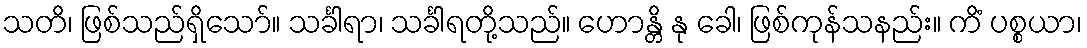
သတိ၊ ဖြစ်သည်ရှိသော်။ သင်္ခါရာ၊ သင်္ခါရတို့သည်။ ဟောန္တိ နု ခေါ၊ ဖြစ်ကုန်သနည်း။ ကိံ ပစ္စယာ၊